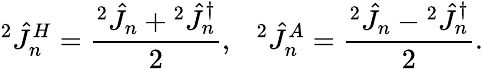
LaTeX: {}^{2}\hat{J}_{n}^{H}=\frac{{}^{2}\hat{J}_{n}+{}^{2}\hat{J}_{n}^{\dagger}}{2},~~~{}^{2}\hat{J}_{n}^{A}=\frac{{}^{2}\hat{J}_{n}-{}^{2}\hat{J}_{n}^{\dagger}}{2}.